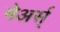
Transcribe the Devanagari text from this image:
मेअर्स्